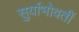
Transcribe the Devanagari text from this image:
सुर्याभोवतीं